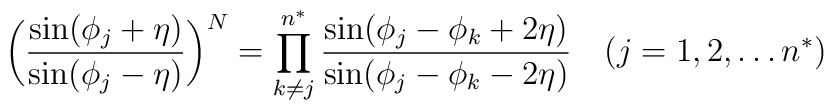
\biggl(\frac{\sin(\phi_j + \eta)}{\sin(\phi_j - \eta)}\biggr)^N =\prod_{k\ne j}^{n^{\ast}} \frac{\sin(\phi_j - \phi_k + 2 \eta)}{\sin(\phi_j - \phi_k - 2 \eta)} \quad(j = 1,2, \ldots n^{\ast})